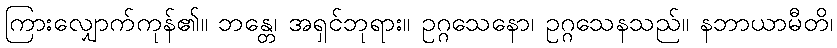
ကြားလျှောက်ကုန်၏။ ဘန္တေ၊ အရှင်ဘုရား။ ဥဂ္ဂသေနော၊ ဥဂ္ဂသေနသည်။ နဘာယာမီတိ၊